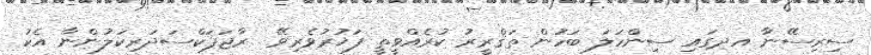
ސިރިސޭނާ އދގައި ސިންހަލަ ބަހުން ތަޤްރީރު ކުރެއްވީތީ ފަޚުރުވެރިވޭ  ރާޖަޕަކްސަދަރިކަލުންނާ އެކު